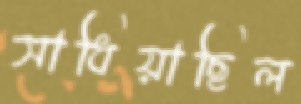
সাধিয়াছিল